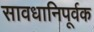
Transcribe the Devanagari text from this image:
सावधानिपूर्वक